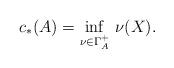
LaTeX: \begin{align*}c_*(A)=\inf_{\nu\in\Gamma^+_A}\,\nu(X).\end{align*}